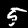
Digit: 5